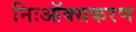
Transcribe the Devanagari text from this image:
निःऑक्सकरण